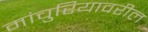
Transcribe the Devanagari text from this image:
मांचुरियावरील